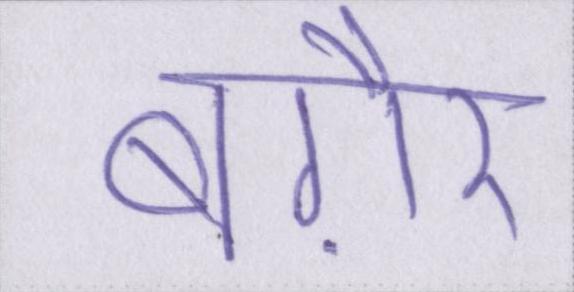
बग़ैर